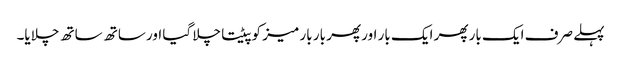
پہلے صرف ایک بار پھر ایک بار اور پھر بار بار میز کو پیٹتا چلا گیا اور ساتھ ساتھ چلایا۔